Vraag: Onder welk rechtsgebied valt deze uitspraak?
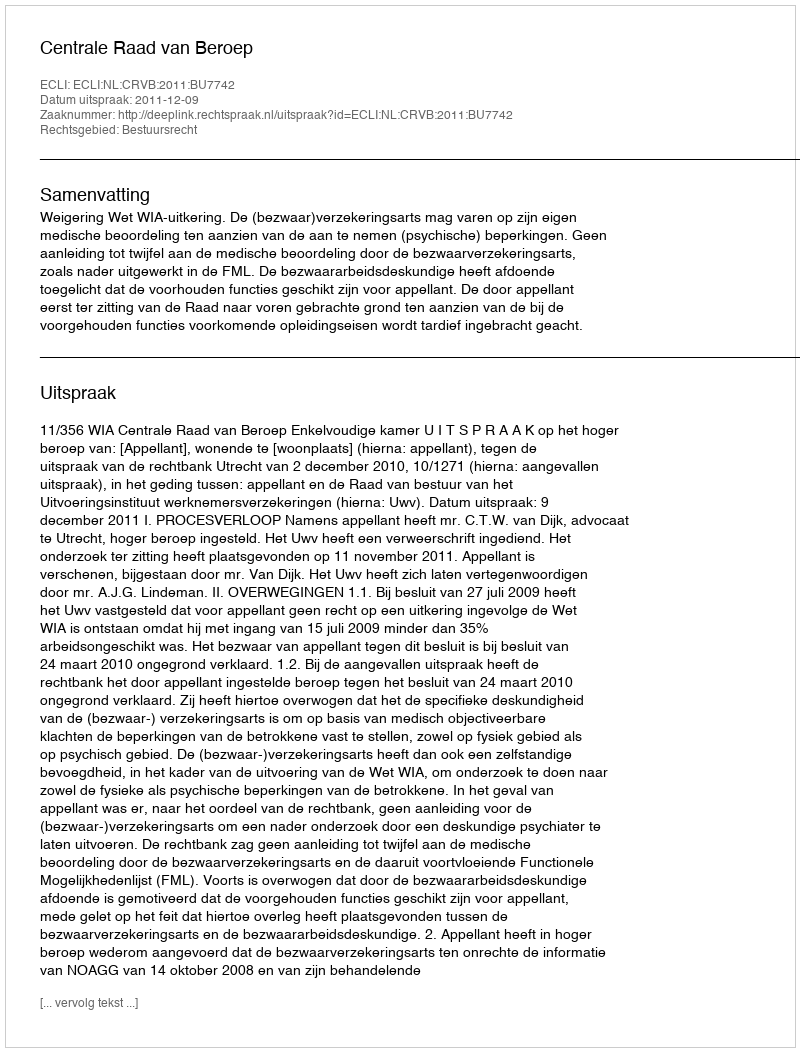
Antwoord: Bestuursrecht